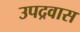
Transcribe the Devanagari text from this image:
उपद्रवास